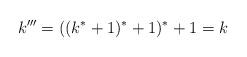
LaTeX: \begin{align*}k'''=((k^*+1)^*+1)^*+1=k\end{align*}